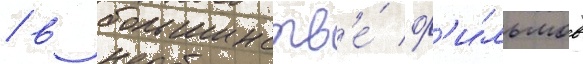
/ в большинств'е́ ф'и́льмов